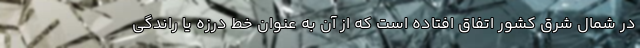
در شمال شرق کشور اتفاق افتاده است که از آن به عنوان خط درزه یا راندگی